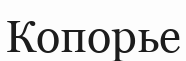
Копорье